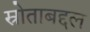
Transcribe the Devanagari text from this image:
स्रोताबद्दल